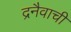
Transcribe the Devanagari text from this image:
द्रनैवाची